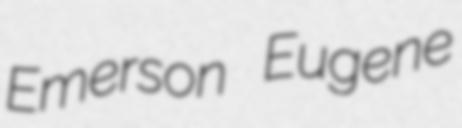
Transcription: Emerson Eugene